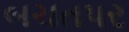
બચતપર